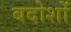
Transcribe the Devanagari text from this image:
बदोशों